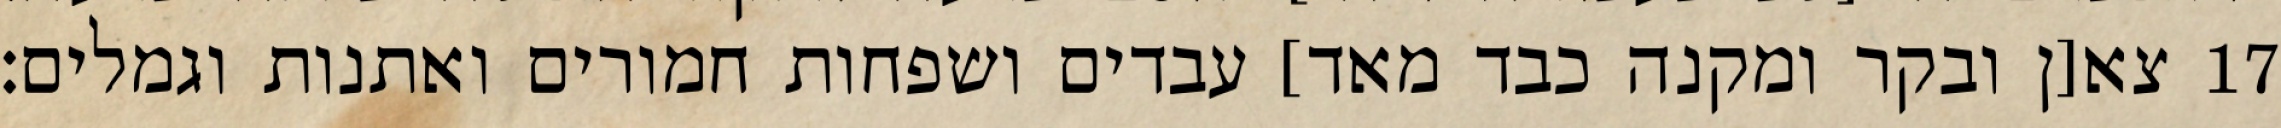
צא[ן ובקר ומקנה כבד מאד] עבדים ושפחות חמורים ואתנות וגמלים׃ ‎17‏